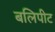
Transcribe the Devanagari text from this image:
बलिपीट